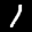
Label: 1